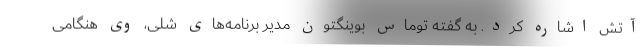
آتش اشاره کرد. به گفته توماس بوینگتون مدیر برنامه‌های شلی، وی هنگامی